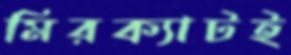
মিরক্যাটই